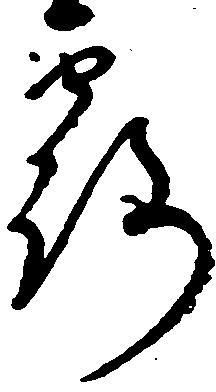
露